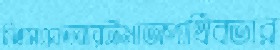
সিএসএফআরটমাঅপার্থিবতার